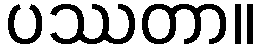
ပဿတာ။